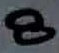
Text: 8